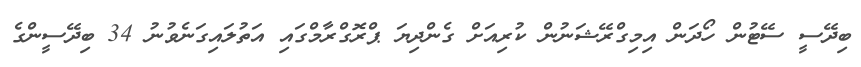
ބިދޭސީ ސޭޓުން ހޯދަން އިމިގްރޭޝަނުން ކުރިއަށް ގެންދިޔަ ޕްރޮގްރާމްގައި އަތުލައިގަނެވުނު 34 ބިދޭސީންގެ